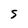
Character: S